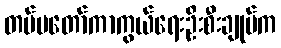
တပ်မတော်ကာကွယ်ရေးဦးစီးချုပ်က